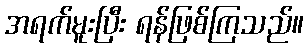
အရက်မူးပြီး ရန်ဖြစ်ကြသည်။